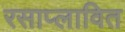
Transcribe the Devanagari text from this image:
रसाप्लावित